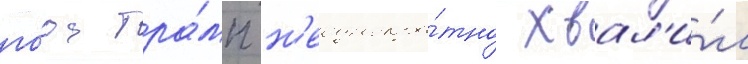
го́да тра́мп н'еоднокра́тно хвал'и́л